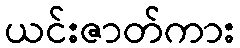
ယင်းဇာတ်ကား